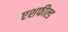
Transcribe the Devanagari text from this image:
एशफील्ड